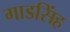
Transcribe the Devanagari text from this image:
गाडसिंह